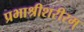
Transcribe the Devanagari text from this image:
प्रभाश्रीशरीरम्